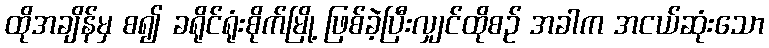
ထိုအချိန်မှ စ၍ ခရိုင်ရုံးစိုက်မြို့ ဖြစ်ခဲ့ပြီးလျှင်ထိုစဉ် အခါက အငယ်ဆုံးသော